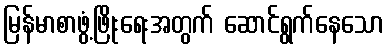
မြန်မာစာဖွံ့ဖြိုးရေးအတွက် ဆောင်ရွက်နေသော